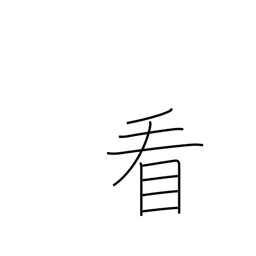
Meaning: watch over